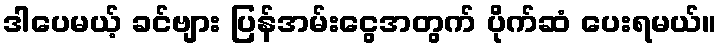
ဒါပေမယ့် ခင်ဗျား ပြန်အမ်းငွေအတွက် ပိုက်ဆံ ပေးရမယ်။